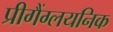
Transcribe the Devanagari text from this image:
प्रीगैंग्लयनिक